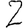
Digit: 2